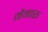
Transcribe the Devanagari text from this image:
मैमारू